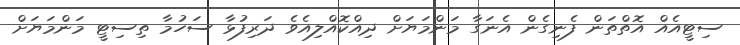
ސިޓީއެއް އޮތްތަން ފެނިގެން އެނަގާ މަންމަޔަށް ދިއްކޮއްލިއެވެ ދަރިފުޅާ ސަހުމާ ތިސިޓީ މަންމަޔަށް